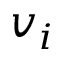
v _ { i }